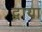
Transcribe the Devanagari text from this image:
द्वाया